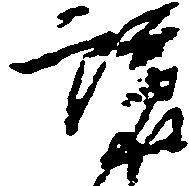
譲